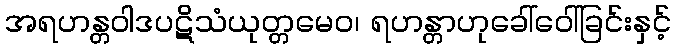
အရဟန္တဝါဒပဋိသံယုတ္တမေဝ၊ ရဟန္တာဟုခေါ်ဝေါ်ခြင်းနှင့်